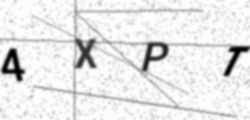
Text: 4XPT